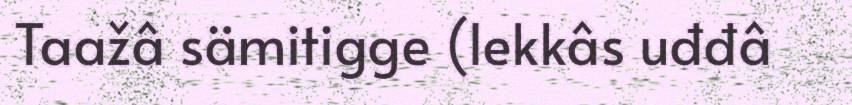
Taažâ sämitigge (lekkâs uđđâ